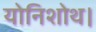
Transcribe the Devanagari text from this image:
योनिशोथ।